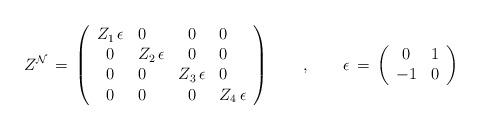
LaTeX: \begin{align*}Z^{\cal N}\, =\,\left( \begin{array}{clcl} Z_1\,\epsilon & 0 & 0 & 0\\ 0 & Z_2\,\epsilon & 0 & 0 \\ 0 & 0 & Z_3\,\epsilon & 0 \\ 0 & 0 & 0& Z_4\,\epsilon\end{array}\right) \qquad,\qquad \epsilon\,=\,\left( \begin{array}{cl} 0 & 1 \\-1 & 0\end{array}\right)\end{align*}